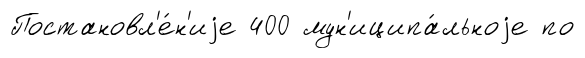
Постановл'е́н'иjе 400 мун'иципа́льноjе по